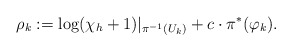
\begin{align*}\rho_k := \log(\chi_h + 1)|_{\pi^{-1}(U_k)} + c\cdot\pi^*(\varphi_k).\end{align*}